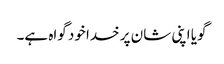
گویا اپنی شان پر خدا خود گواہ ہے۔